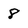
Character: 8